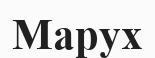
Марух